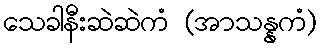
သေခါနီးဆဲဆဲကံ (အာသန္နကံ)